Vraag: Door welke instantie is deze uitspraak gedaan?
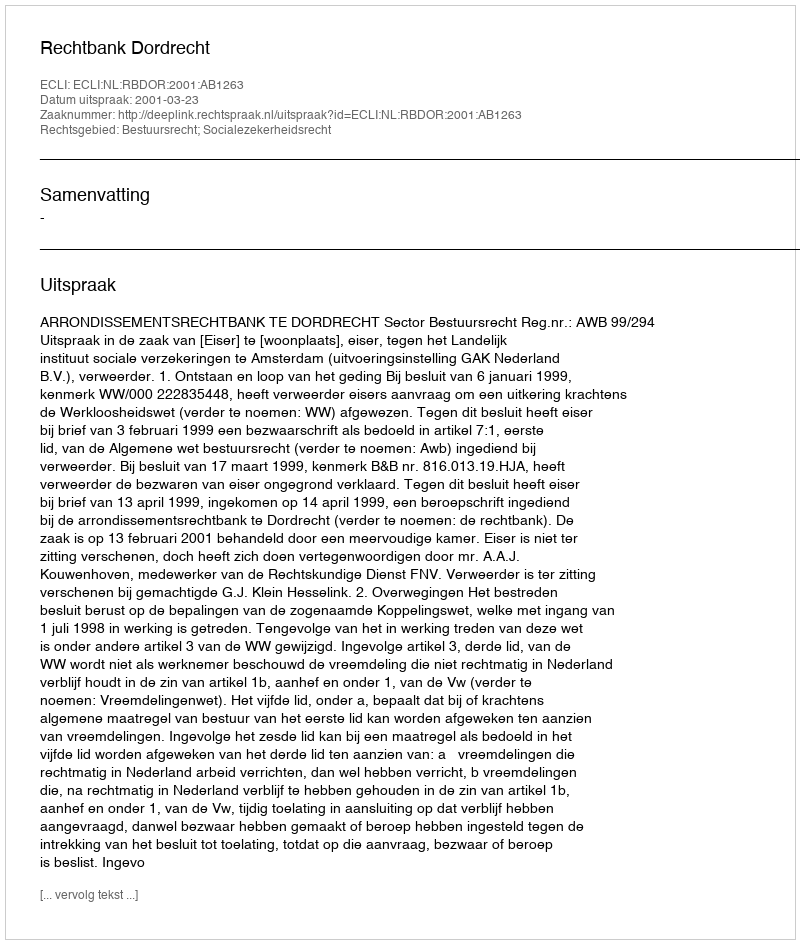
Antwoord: Rechtbank Dordrecht